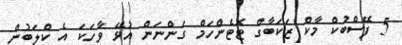
5 ފޭސްބުކް މާކް ޒަކަބާގް ޓޮޓެންހަމް ގަންނަން އުޅޭ ވާހަކަ އެ ކްލަބުން